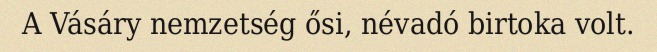
A Vásáry nemzetség ősi, névadó birtoka volt.